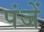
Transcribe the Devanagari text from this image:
पंजें